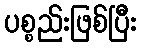
ပစ္စည်းဖြစ်ပြီး